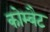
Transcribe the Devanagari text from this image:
कोम्बैट